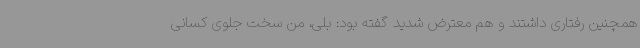
همچنین رفتاری داشتند و هم معترض شدید گفته بود: بلی، من سخت جلوی کسانی